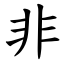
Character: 非